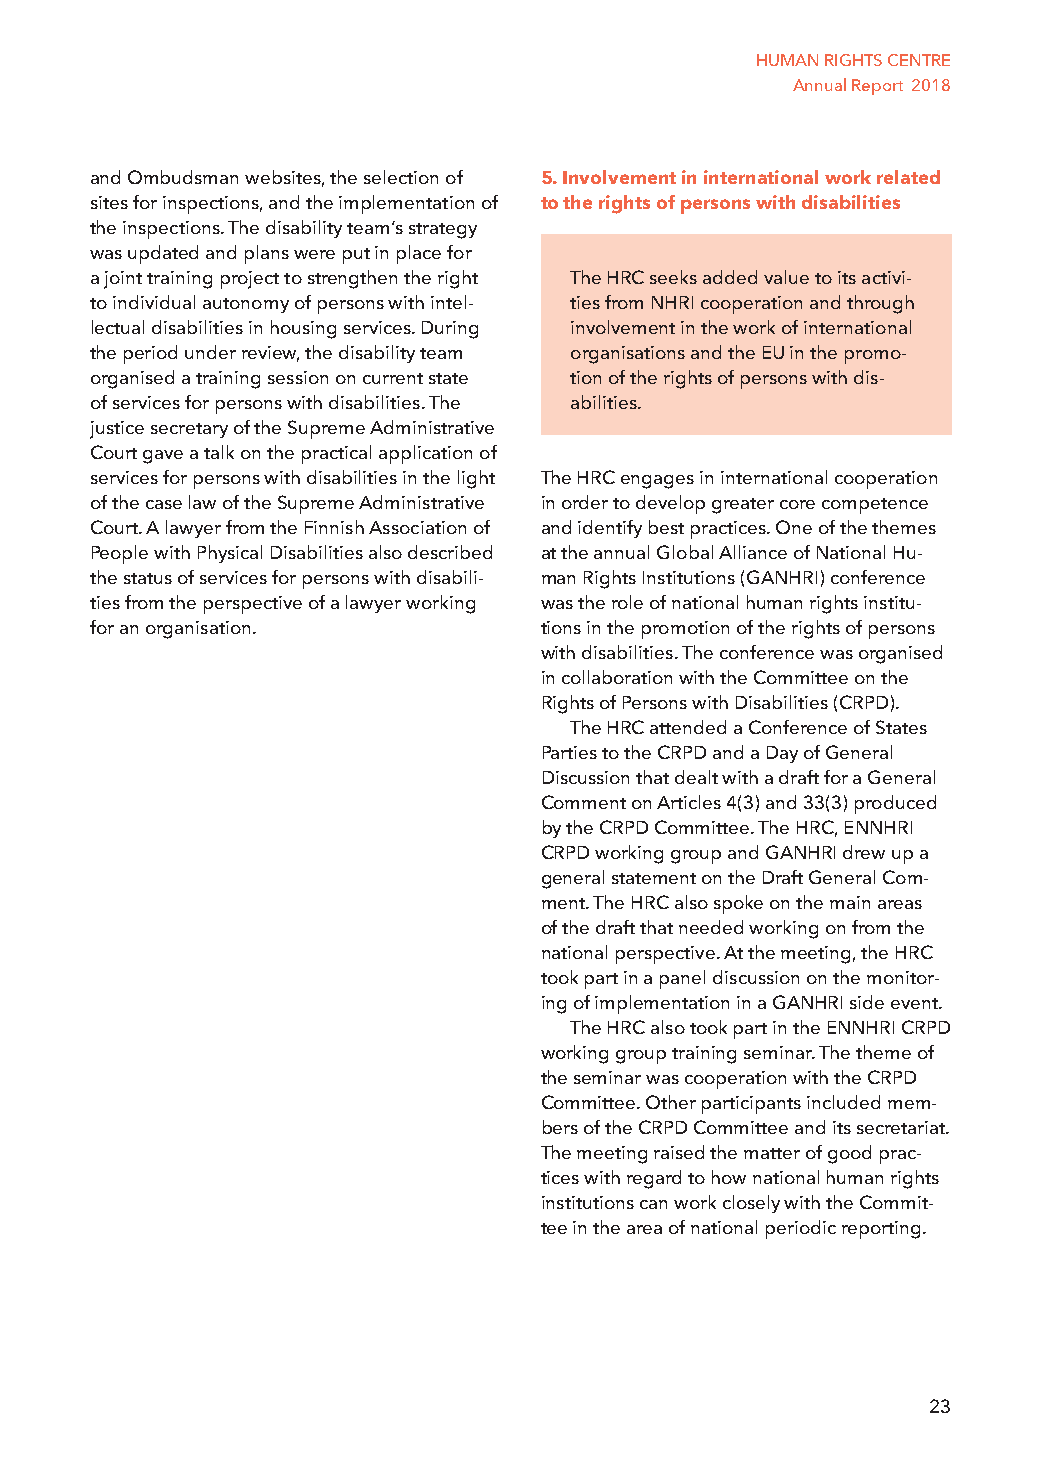
HUMAN RIGHTS CENTRE
 Annual Report 2018
 and Ombudsman websites, the selection of 5. Involvement in international work related
 sites for inspections, and the implementation of to the rights of persons with disabilities
 the inspections. The disability team’s strategy
 was updated and plans were put in place for
 a joint training project to strengthen the right The HRC seeks added value to its activi-
 to individual autonomy of persons with intel- ties from NHRI cooperation and through
 lectual disabilities in housing services. During involvement in the work of international
 the period under review, the disability team organisations and the EU in the promo-
 organised a training session on current state tion of the rights of persons with dis-
 of services for persons with disabilities. The abilities.
 justice secretary of the Supreme Administrative
 Court gave a talk on the practical application of
 services for persons with disabilities in the light The HRC engages in international cooperation
 of the case law of the Supreme Administrative in order to develop greater core competence
 Court. A lawyer from the Finnish Association of and identify best practices. One of the themes
 People with Physical Disabilities also described at the annual Global Alliance of National Hu-
 the status of services for persons with disabili- man Rights Institutions (GANHRI) conference
 ties from the perspective of a lawyer working was the role of national human rights institu-
 for an organisation.          tions in the promotion of the rights of persons
 with disabilities. The conference was organised
 in collaboration with the Committee on the
 Rights of Persons with Disabilities (CRPD).
 The HRC attended a Conference of States
 Parties to the CRPD and a Day of General
 Discussion that dealt with a draft for a General
 Comment on Articles 4(3) and 33(3) produced
 by the CRPD Committee. The HRC, ENNHRI
 CRPD working group and GANHRI drew up a
 general statement on the Draft General Com-
 ment. The HRC also spoke on the main areas
 of the draft that needed working on from the
 national perspective. At the meeting, the HRC
 took part in a panel discussion on the monitor-
 ing of implementation in a GANHRI side event.
 The HRC also took part in the ENNHRI CRPD
 working group training seminar. The theme of
 the seminar was cooperation with the CRPD
 Committee. Other participants included mem-
 bers of the CRPD Committee and its secretariat.
 The meeting raised the matter of good prac-
 tices with regard to how national human rights
 institutions can work closely with the Commit-
 tee in the area of national periodic reporting.
 23